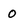
Character: 0